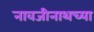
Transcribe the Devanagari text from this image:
नावजीनाथच्या